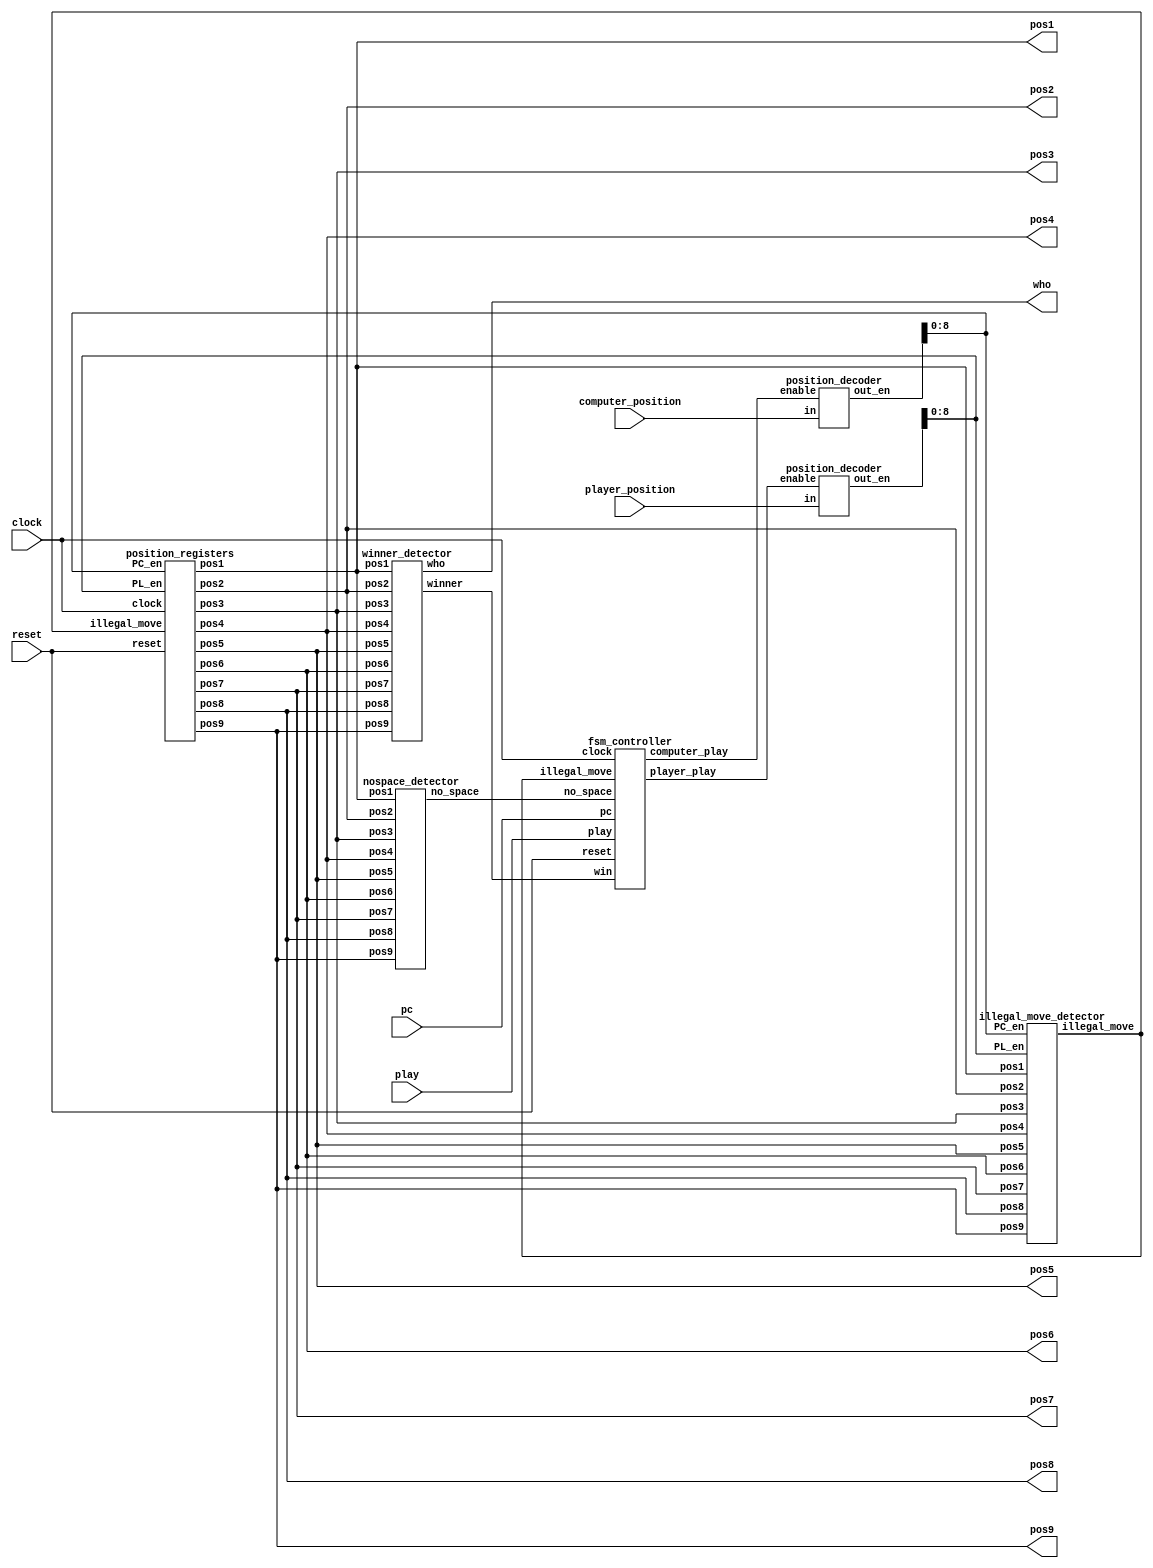
module tic(
input clock,
input reset,
input play,
input pc,
input [3:0] computer_position,player_position,
output wire [1:0] pos1,pos2,pos3,pos4,pos5,pos6,pos7,pos8,pos9,
output wire [1:0]who
);
wire [15:0] PC_en;
wire [15:0] PL_en;
wire illegal_move;
wire win;
wire computer_play;
wire player_play;
wire no_space;
position_registers position_reg_unit(
clock,
reset,
illegal_move,
PC_en[8:0],
PL_en[8:0],
pos1,pos2,pos3,pos4,pos5,pos6,pos7,pos8,pos9);
winner_detector win_detect_unit(pos1,pos2,pos3,pos4,pos5,pos6,pos7,pos8,pos9,win,who);
position_decoder pd1(computer_position,computer_play,PC_en);
position_decoder pd2(player_position,player_play,PL_en);
illegal_move_detector imd_unit(
pos1,pos2,pos3,pos4,pos5,pos6,pos7,pos8,pos9,
PC_en[8:0],PL_en[8:0],
illegal_move
);
nospace_detector nsd_unit(
pos1,pos2,pos3,pos4,pos5,pos6,pos7,pos8,pos9,
no_space
);
fsm_controller tic_tac_toe_controller(
clock,
reset,
play,
pc,
illegal_move,
no_space,
win,
computer_play,
player_play
);
endmodule

module position_registers(
input clock,
input reset,
input illegal_move,
input [8:0] PC_en,
input [8:0] PL_en,
output reg[1:0] pos1,pos2,pos3,pos4,pos5,pos6,pos7,pos8,pos9
);
always @(posedge clock or posedge reset)
begin
if(reset)
pos1<= 2'b00;
else begin
if(illegal_move==1'b1)
pos1<= pos1;
else if(PC_en[0]==1'b1)
pos1<=2'b10;
else if (PL_en[0]==1'b1)
pos1<=2'b01;
else
pos1<= pos1;
end
end
//position2
always@(posedge clock or posedge reset)
begin
if(reset)
pos2<=2'b00;
else begin
if(illegal_move==1'b1)
pos2<= pos2;
else if(PC_en[1]==1'b1)
pos2<=2'b10;
else if (PL_en[1]==1'b1)
pos2<= 2'b01;
else
pos2<=pos2;
end
end
//position3
always@(posedge clock or posedge reset)
begin
if(reset)
pos3<=2'b00;
else begin
if(illegal_move==1'b1)
pos3<= pos3;
else if(PC_en[2]==1'b1)
pos3<=2'b10;
else if (PL_en[2]==1'b1)
pos3<= 2'b01;
else
pos3<=pos3;
end
end
//position4
always@(posedge clock or posedge reset)
begin
if(reset)
pos4<=2'b00;
else begin
if(illegal_move==1'b1)
pos4<= pos4;
else if(PC_en[3]==1'b1)
pos4<=2'b10;
else if (PL_en[3]==1'b1)
pos4<= 2'b01;
else
pos4<=pos4;
end
end
//position5
always@(posedge clock or posedge reset)
begin
if(reset)
pos5<=2'b00;
else begin
if(illegal_move==1'b1)
pos5<= pos5;
else if(PC_en[4]==1'b1)
pos5<=2'b10;
else if (PL_en[4]==1'b1)
pos5<= 2'b01;
else
pos5<=pos5;
end
end
//position6
always@(posedge clock or posedge reset)
begin
if(reset)
pos6<=2'b00;
else begin
if(illegal_move==1'b1)
pos6<= pos6;
else if(PC_en[5]==1'b1)
pos6<=2'b10;
else if (PL_en[5]==1'b1)
pos6<= 2'b01;
else
pos6<=pos6;
end
end
//position7
always@(posedge clock or posedge reset)
begin
if(reset)
pos7<=2'b00;
else begin
if(illegal_move==1'b1)
pos7<= pos7;
else if(PC_en[6]==1'b1)
pos7<=2'b10;
else if (PL_en[6]==1'b1)
pos7<= 2'b01;
else
pos7<=pos7;
end
end
//position8
always@(posedge clock or posedge reset)
begin
if(reset)
pos8<=2'b00;
else begin
if(illegal_move==1'b1)
pos8<= pos8;
else if(PC_en[7]==1'b1)
pos8<=2'b10;
else if (PL_en[7]==1'b1)
pos8<= 2'b01;
else
pos8<=pos8;
end
end
//position9
always@(posedge clock or posedge reset)
begin
if(reset)
pos9<=2'b00;
else begin
if(illegal_move==1'b1)
pos9<= pos9;
else if(PC_en[8]==1'b1)
pos9<=2'b10;
else if (PL_en[8]==1'b1)
pos9<= 2'b01;
else
pos9<=pos9;
end
end
endmodule
module fsm_controller(
input clock,
input reset, play,pc,illegal_move, no_space, win,
output reg computer_play,player_play
);
parameter IDLE=2'b00;
parameter PLAYER=2'b01;
parameter COMPUTER=2'b10;
parameter GAME_DONE=2'b11;
reg[1:0] current_state,next_state;
always @(posedge clock or posedge reset)
begin
if(reset)
current_state<= IDLE;
else
current_state<= next_state;
end
always @(*)
begin
case(current_state)
IDLE:begin
if(reset==1'b0 && play==1'b1)
next_state<= PLAYER;
else
next_state<= IDLE;
player_play<=1'b0;
computer_play<=1'b0;
end
PLAYER:begin
player_play<=1'b1;
computer_play<=1'b0;
if(illegal_move==1'b0)
next_state<=COMPUTER;
else
next_state<=IDLE;
end
COMPUTER:begin
player_play<=1'b0;
if(pc==1'b0) begin
next_state<= COMPUTER;
computer_play<=1'b0;
end
else if(win==1'b0 && no_space==1'b0)
begin
next_state<=IDLE;
computer_play<=1'b1;
end
else if(no_space==1 || win==1'b1)
begin
next_state<=GAME_DONE;
computer_play<=1'b1;
end
end
GAME_DONE:begin
player_play<=1'b0;
computer_play<=1'b0;
if(reset==1'b1)
next_state<=IDLE;
else
next_state<=GAME_DONE;
end
default:next_state<=IDLE;
endcase
end
endmodule

module nospace_detector(
input [1:0] pos1,pos2,pos3,pos4,pos5,pos6,pos7,pos8,pos9,
output wire no_space
);
wire temp1,temp2,temp3,temp4,temp5,temp6,temp7,temp8,temp9;
assign temp1 = pos1[1] | pos1[0];
assign temp2 = pos2[1] | pos2[0];
assign temp3 = pos3[1] | pos3[0];
assign temp4 = pos4[1] | pos4[0];
assign temp5 = pos5[1] | pos5[0];
assign temp6 = pos6[1] | pos6[0];
assign temp7 = pos7[1] | pos7[0];
assign temp8 = pos8[1] | pos8[0];
assign temp9 = pos9[1] | pos9[0];
assign no_space =  ((((((((temp1 & temp2) & temp3) & temp4) & temp5) & temp6) & temp7) & temp8) & temp9);
endmodule

module illegal_move_detector(
input [1:0] pos1,pos2,pos3,pos4,pos5,pos6,pos7,pos8,pos9,
input [8:0] PC_en,PL_en,
output wire illegal_move
);
wire temp1,temp2,temp3,temp4,temp5,temp6,temp7,temp8,temp9;
wire temp11,temp12,temp13,temp14,temp15,temp16,temp17,temp18,temp19;
wire temp21,temp22;
assign temp1 = (pos1[1] | pos1[0]) & PL_en[0];
assign temp2 = (pos2[1] | pos2[0]) & PL_en[1];
assign temp3 = (pos3[1] | pos3[0]) & PL_en[2];
assign temp4 = (pos4[1] | pos4[0]) & PL_en[3];
assign temp5 = (pos5[1] | pos5[0]) & PL_en[4];
assign temp6 = (pos6[1] | pos6[0]) & PL_en[5];
assign temp7 = (pos7[1] | pos7[0]) & PL_en[6];
assign temp8 = (pos8[1] | pos8[0]) & PL_en[7];
assign temp9 = (pos9[1] | pos9[0]) & PL_en[8];

assign temp11 = (pos1[1] | pos1[0]) & PL_en[0];
assign temp12 = (pos2[1] | pos2[0]) & PL_en[1];
assign temp13 = (pos3[1] | pos3[0]) & PL_en[2];
assign temp14 = (pos4[1] | pos4[0]) & PL_en[3];
assign temp15 = (pos5[1] | pos5[0]) & PL_en[4];
assign temp16 = (pos6[1] | pos6[0]) & PL_en[5];
assign temp17 = (pos7[1] | pos7[0]) & PL_en[6];
assign temp18 = (pos8[1] | pos8[0]) & PL_en[7];
assign temp19 = (pos9[1] | pos9[0]) & PL_en[8];

assign temp21 = ((((((((temp1 | temp2) | temp3) | temp4) | temp5) | temp6) | temp7) | temp8) | temp9);
assign temp22 = ((((((((temp11 | temp12) | temp13) | temp14) | temp15) | temp16) | temp17) | temp18) | temp19);
assign illegal_move = temp21 | temp22 ;
endmodule

module position_decoder(input[3:0] in, input enable, output wire [15:0] out_en);
reg[15:0] temp1;
assign out_en = (enable==1'b1)?temp1:16'd0;
always @(*)
begin
case(in)
4'd0: temp1 <= 16'b0000000000000001;
4'd1: temp1 <= 16'b0000000000000010;
4'd2: temp1 <= 16'b0000000000000100;
4'd3: temp1 <= 16'b0000000000001000;
4'd4: temp1 <= 16'b0000000000010000;
4'd5: temp1 <= 16'b0000000000100000;
4'd6: temp1 <= 16'b0000000001000000;
4'd7: temp1 <= 16'b0000000010000000;
4'd8: temp1 <= 16'b0000000100000000;
4'd9: temp1 <= 16'b0000001000000000;
4'd10: temp1 <=16'b0000010000000000;
4'd11: temp1 <=16'b0000100000000000;
4'd12: temp1 <=16'b0001000000000000;
4'd13: temp1 <=16'b0010000000000000;
4'd14: temp1 <=16'b0100000000000000;
4'd15: temp1 <=16'b1000000000000000;
default: temp1<=16'b0000000000000001;
endcase
end
endmodule

module winner_detector(input [1:0] pos1,pos2,pos3,pos4,pos5,pos6,pos7,pos8,pos9,output wire winner, output wire [1:0]who);
wire win1,win2,win3,win4,win5,win6,win7,win8;
wire [1:0] who1,who2,who3,who4,who5,who6,who7,who8;
winner_detect_3 u1(pos1,pos2,pos3,win1,who1);
winner_detect_3 u2(pos4,pos5,pos6,win2,who2);
winner_detect_3 u3(pos7,pos8,pos9,win3,who3);
winner_detect_3 u4(pos1,pos4,pos7,win4,who4);
winner_detect_3 u5(pos2,pos5,pos8,win5,who5);
winner_detect_3 u6(pos3,pos6,pos9,win6,who6);
winner_detect_3 u7(pos1,pos5,pos9,win7,who7);
winner_detect_3 u8(pos3,pos5,pos6,win8,who8);
assign winner=((((((( win1 |win2) | win3) | win4) |win5) |win6) | win7) | win8);
assign who = ((((((( who1 | who2) | who3) | who4) | who5) | who6) | who7) | who8);
endmodule

module winner_detect_3(input [1:0] pos0,pos1,pos2, output wire winner, output wire [1:0] who);
wire [1:0] temp0, temp1, temp2;
wire temp3;
assign temp0[1]= !(pos0[1]^pos1[1]);
assign temp0[0]= !(pos0[0]^pos1[0]);
assign temp1[1]= !(pos2[1]^pos1[1]);
assign temp1[0]= !(pos2[0]^pos1[0]);
assign temp2[1]= temp0[1] & temp1[1];
assign temp2[0]= temp0[0] & temp1[0];
assign temp3= pos0[1] | pos0[0];
assign winner = temp3 & temp2[1] & temp2[0];
assign who[1] = winner & pos0[1];
assign who[0] = winner & pos0[0];
endmodule